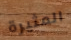
المثيرة